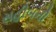
સહીબની